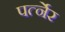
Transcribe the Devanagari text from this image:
पर्त्नेर